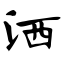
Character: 洒